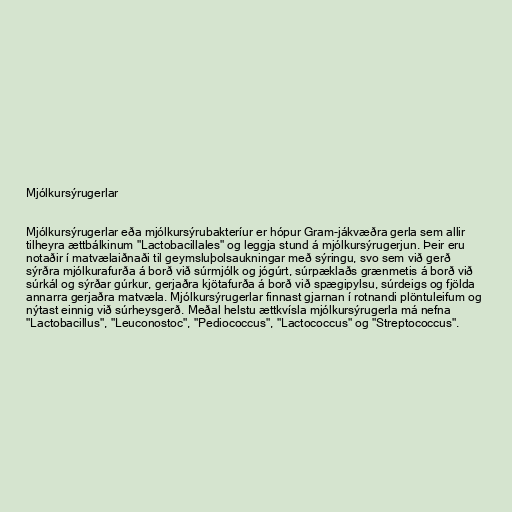
Mjólkursýrugerlar

Mjólkursýrugerlar eða mjólkursýrubakteríur er hópur Gram-jákvæðra gerla sem allir
tilheyra ættbálkinum "Lactobacillales" og leggja stund á mjólkursýrugerjun. Þeir eru
notaðir í matvælaiðnaði til geymsluþolsaukningar með sýringu, svo sem við gerð
sýrðra mjólkurafurða á borð við súrmjólk og jógúrt, súrpæklaðs grænmetis á borð við
súrkál og sýrðar gúrkur, gerjaðra kjötafurða á borð við spægipylsu, súrdeigs og fjölda
annarra gerjaðra matvæla. Mjólkursýrugerlar finnast gjarnan í rotnandi plöntuleifum og
nýtast einnig við súrheysgerð. Meðal helstu ættkvísla mjólkursýrugerla má nefna
"Lactobacillus", "Leuconostoc", "Pediococcus", "Lactococcus" og "Streptococcus".